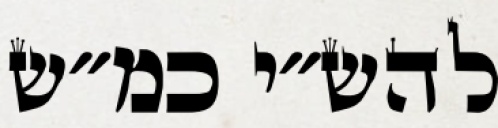
להש״י כמ״ש